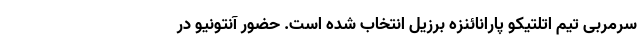
سرمربی تیم اتلتیکو پارانائنزه برزیل انتخاب شده است. حضور آنتونیو در